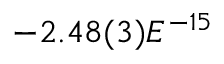
- 2 . 4 8 ( 3 ) E ^ { - 1 5 }